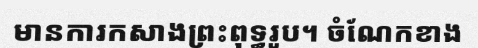
មានការកសាងព្រះពុទ្ធរូប។ ចំណែកខាង